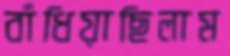
বাঁধিয়াছিলাম